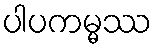
ပါပကမ္မဿ